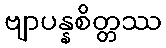
ဗျာပန္နစိတ္တဿ